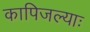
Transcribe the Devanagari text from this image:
कापिजल्याः